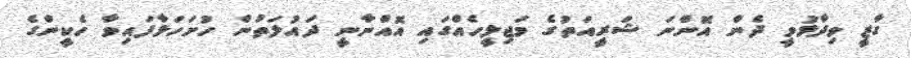
ގާޒީ ވިދާޅުވީ ދެން އޮންނަ ޝަރީއަތުގެ މަޖިލީހެއްގައި އޮއްނާނީ ދައުލަތުން ހުށަހަޅާފައިވާ ހެކީންގެ